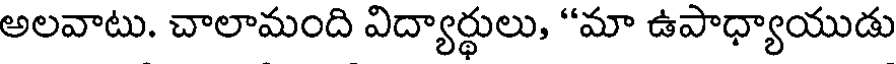
అలవాటు. చాలామంది విద్యార్థులు, "మా ఉపాధ్యాయుడు